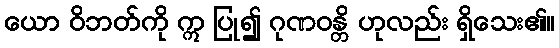
ယော ဝိဘတ်ကို ဣ ပြု၍ ဂုဏဝန္တိ ဟုလည်း ရှိသေး၏။